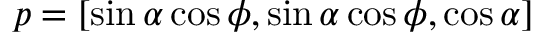
\boldsymbol { p } = [ \sin \alpha \cos \phi , \sin \alpha \cos \phi , \cos \alpha ]